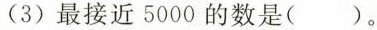
(3)最接近5000的数是()。